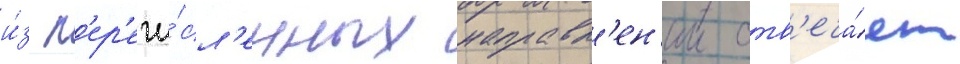
и́з п'ер'ечи́сл'енных направл'ен'ии отв'еча́ет